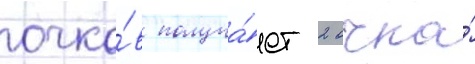
очко́в получа́ет 2 очка́